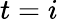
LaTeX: t=i